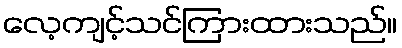
လေ့ကျင့်သင်ကြားထားသည်။